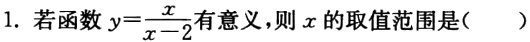
1. 若函数\(y = \frac{x}{x - 2}\)有意义，则\(x\)的取值范围是( )